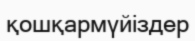
қошқармүйіздер